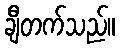
ချီတက်သည်။